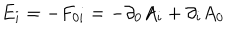
{ E _ { i } } = - F _ { 0 i } = - \partial _ { 0 } A _ { i } + \partial _ { i } A _ { 0 } \nonumber